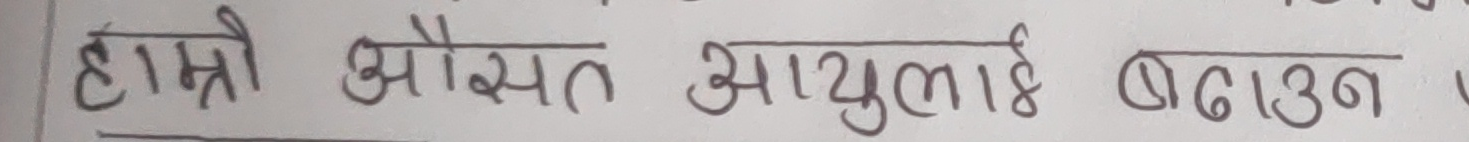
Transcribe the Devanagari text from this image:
हाम्रौ औसत आयुलाई बढाउन